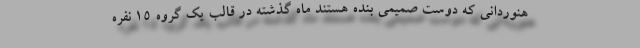
هنوردانی که دوست صمیمی بنده هستند ماه گذشته در قالب یک گروه ۱۵ نفره